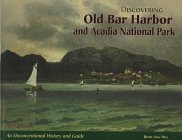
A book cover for Discovering Old Bar Harbor and Acadia National Park: An Unconventional History and Guide; Ruth Ann Hill; Travel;